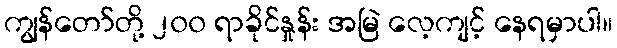
ကျွန်တော်တို့ ၂၀၀ ရာခိုင်နှုန်း အမြဲ လေ့ကျင့် နေရမှာပါ။